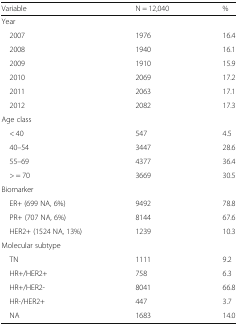
| Variable | N = 12,040 | % |
 | --- | --- | --- |
 | Year |  |  |
 | 2007 | 1976 | 16.4 |
 | 2008 | 1940 | 16.1 |
 | 2009 | 1910 | 15.9 |
 | 2010 | 2069 | 17.2 |
 | 2011 | 2063 | 17.1 |
 | 2012 | 2082 | 17.3 |
 | Age class |  |  |
 | < 40 | 547 | 4.5 |
 | 40–54 | 3447 | 28.6 |
 | 55–69 | 4377 | 36.4 |
 | > = 70 | 3669 | 30.5 |
 | Biomarker |  |  |
 | ER+ (699 NA, 6%) | 9492 | 78.8 |
 | PR+ (707 NA, 6%) | 8144 | 67.6 |
 | HER2+ (1524 NA, 13%) | 1239 | 10.3 |
 | Molecular subtype |  |  |
 | TN | 1111 | 9.2 |
 | HR+/HER2+ | 758 | 6.3 |
 | HR+/HER2- | 8041 | 66.8 |
 | HR-/HER2+ | 447 | 3.7 |
 | NA | 1683 | 14.0 |